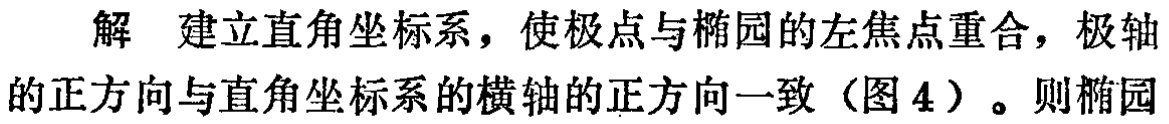
解 建立直角坐标系，使极点与椭圆的左焦点重合，极轴的正方向与直角坐标系的横轴的正方向一致（图 4）。则椭圆